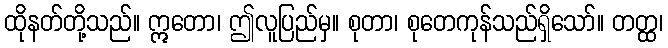
ထိုနတ်တို့သည်။ ဣတော၊ ဤလူပြည်မှ။ စုတာ၊ စုတေကုန်သည်ရှိသော်။ တတ္ထ၊